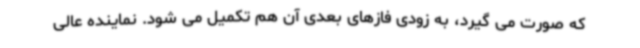
که صورت می گیرد، به زودی فازهای بعدی آن هم تکمیل می شود. نماینده عالی